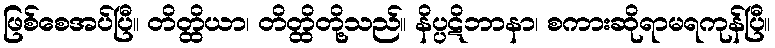
ဖြစ်စေအပ်ပြီ။ တိတ္ထိယာ၊ တိတ္ထိတို့သည်။ နိပ္ပဋိဘာနာ၊ စကားဆိုရာမရကုန်ပြီ။